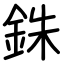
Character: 銖